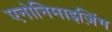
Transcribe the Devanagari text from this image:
एनोनिमाइज़िंग